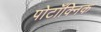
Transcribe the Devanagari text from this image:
पोटॉक्निक